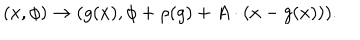
( x , \phi ) \to ( g ( x ) , \phi + \rho ( g ) + A \cdot ( x - g ( x ) ) ) .